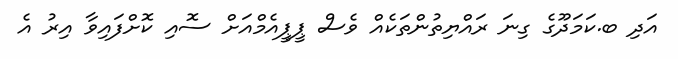
އަދި ބ.ކަމަދޫގެ ގިނަ ރައްޔިތުންތަކެއް ވެސް ޕީޕީއެމްއަށް ސޮއި ކޮށްފައިވާ އިރު އެ